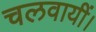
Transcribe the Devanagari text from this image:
चलवायीं।